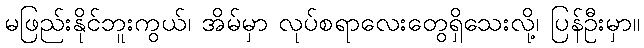
မဖြည်းနိုင်ဘူးကွယ်၊ အိမ်မှာ လုပ်စရာလေးတွေရှိသေးလို့၊ ပြန်ဦးမှာ။